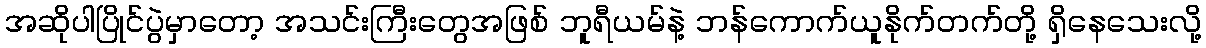
အဆိုပါပြိုင်ပွဲမှာတော့ အသင်းကြီးတွေအဖြစ် ဘူရီယမ်နဲ့ ဘန်ကောက်ယူနိုက်တက်တို့ ရှိနေသေးလို့